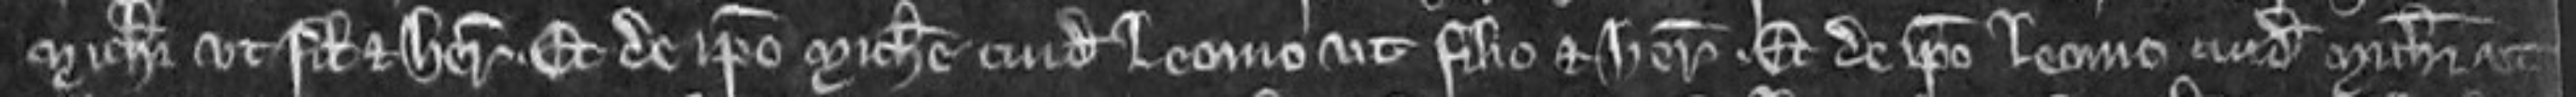
Michaeli ut filio et heredi. et de ipso Michaele cuidam Leonio ut filio et heredi. et de ipso Leonio cuidam Michaeli ut